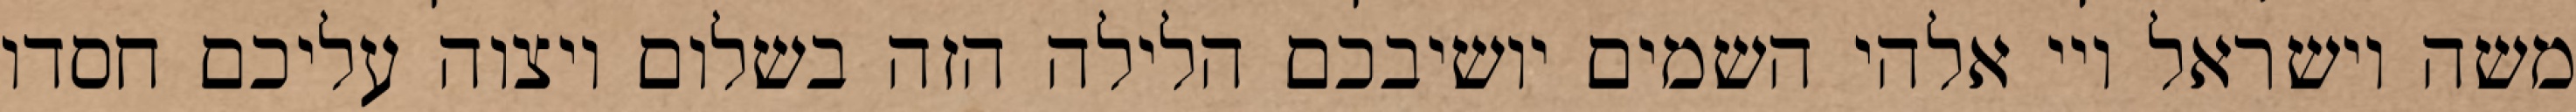
משה וישראל ויי אלהי השמים יושיבכם הלילה הזה בשלום ויצוה עליכם חסדו